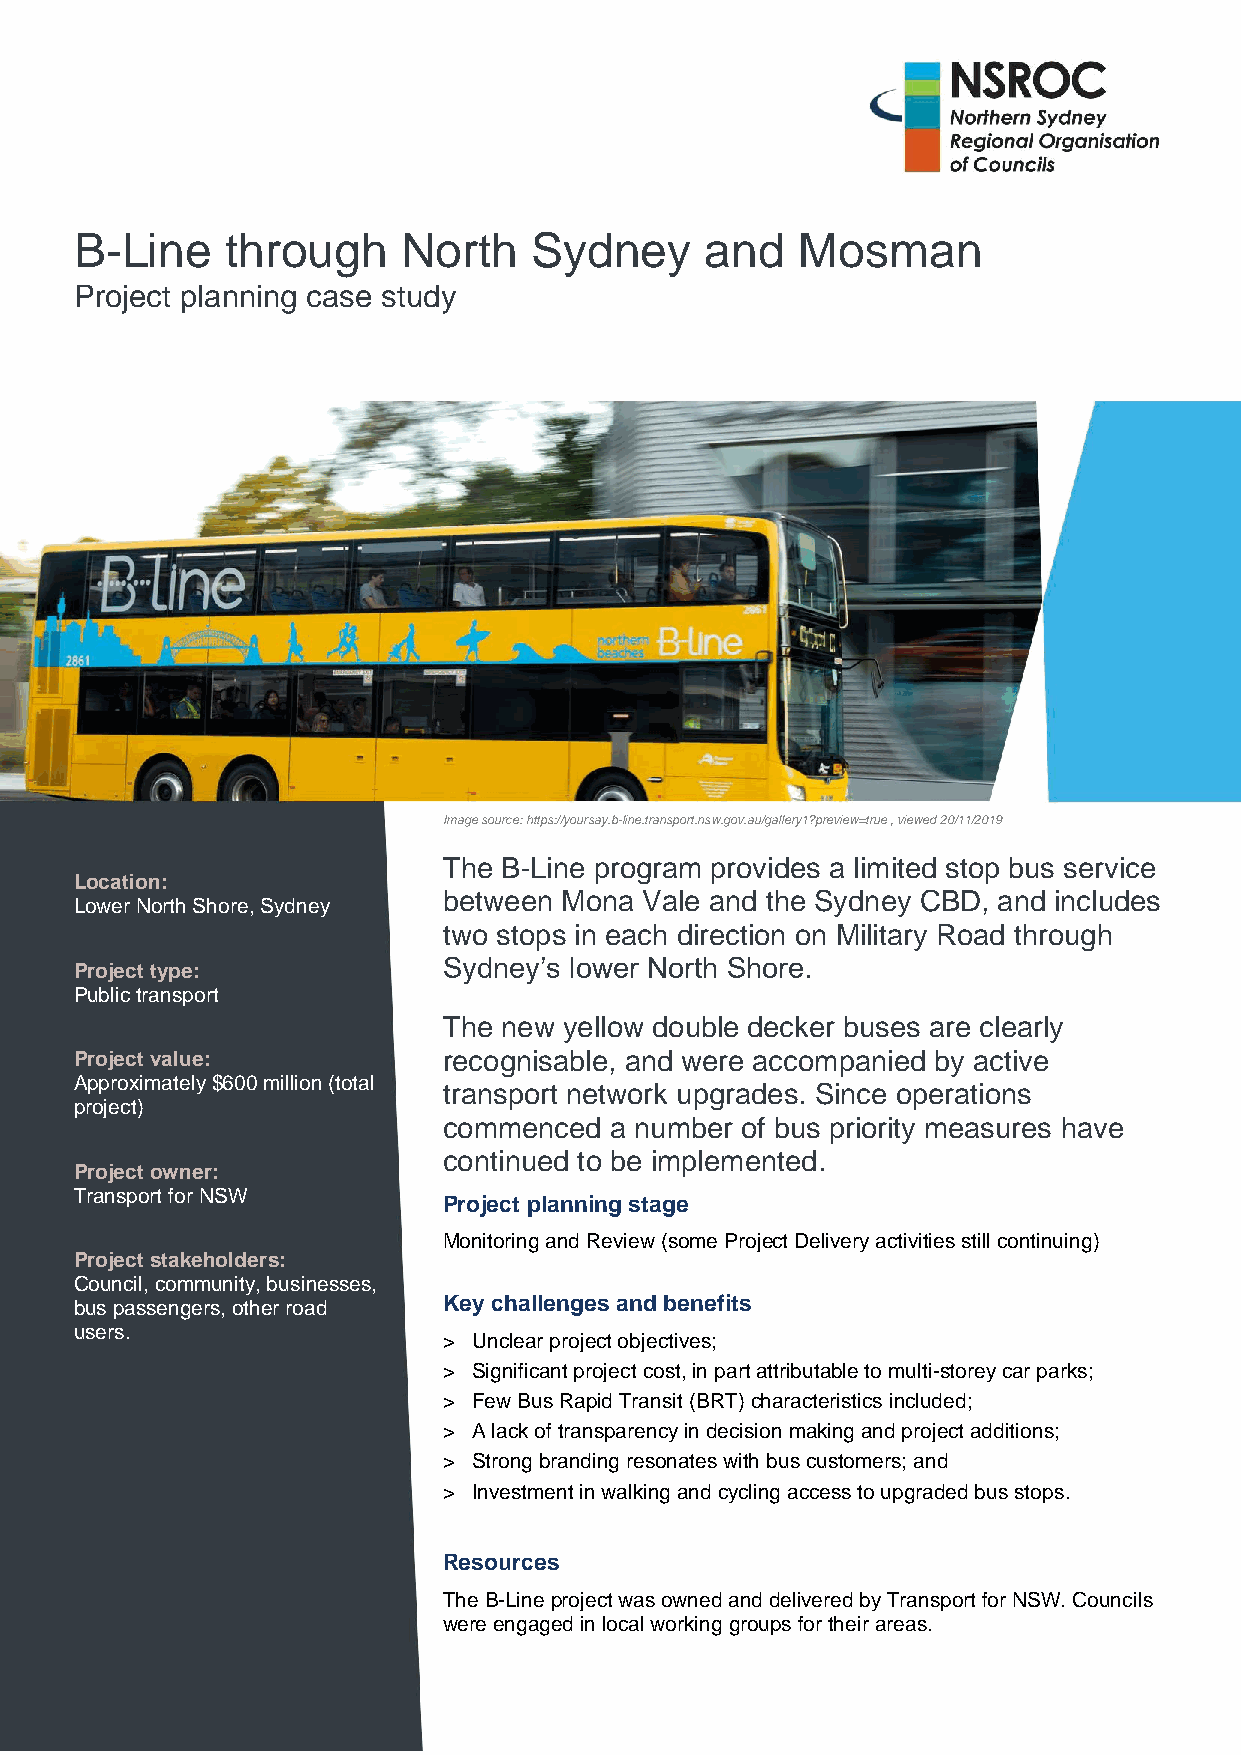
B-Line    through     North   Sydney      and   Mosman
 Project planning case study
 Image source: https://yoursay.b-line.transport.nsw.gov.au/gallery1?preview=true , viewed 20/11/2019
 The B-Line program provides a limited stop bus service
 Location:
 between Mona  Vale and the Sydney CBD, and includes
 Lower North Shore, Sydney
 two stops in each direction on Military Road through
 Project type:           Sydney’s lower North Shore.
 Public transport
 The new yellow double decker buses are clearly
 Project value:          recognisable, and were accompanied by active
 Approximately $600 million (total
 transport network upgrades. Since operations
 project)
 commenced  a number of bus priority measures have
 continued to be implemented.
 Project owner:
 Transport for NSW
 Project planning stage
 Monitoring and Review (some Project Delivery activities still continuing)
 Project stakeholders:
 Council, community, businesses,
 bus passengers, other road Key challenges and benefits
 users.
 > Unclear project objectives;
 > Significant project cost, in part attributable to multi-storey car parks;
 > Few Bus Rapid Transit (BRT) characteristics included;
 > A lack of transparency in decision making and project additions;
 > Strong branding resonates with bus customers; and
 > Investment in walking and cycling access to upgraded bus stops.
 Resources
 The B-Line project was owned and delivered by Transport for NSW. Councils
 were engaged in local working groups for their areas.